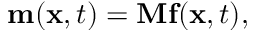
\mathbf { m } ( \mathbf { x } , t ) = \mathbf { M } \mathbf { f } ( \mathbf { x } , t ) ,